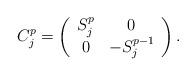
LaTeX: \begin{align*}C_j^p =\left(\begin{array}{cc}S_j^p & 0 \\0 & - S_j^{p-1}\end{array} \right).\end{align*}